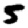
Digit: 5